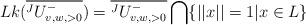
LaTeX: \begin{align*}Lk(\overline{ {}^J U^-_{v, w, >0}})=\overline{{}^J U^-_{v, w, >0}} \bigcap \{|| x|| =1 \vert x \in L\}\end{align*}